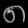
Digit: ၈